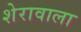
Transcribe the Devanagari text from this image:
शेरावाला